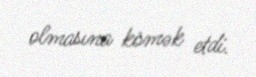
olmasına kömək etdi.